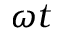
\omega t